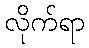
လိုက်ရာ